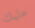
عليك